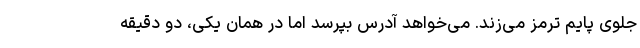
جلوی پایم ترمز می‌زند. می‌خواهد آدرس بپرسد اما در همان یکی، دو دقیقه